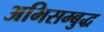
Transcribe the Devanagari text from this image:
अभिसम्बुद्ध